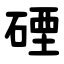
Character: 䃌